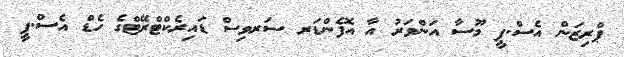
ޕްރިޒަން އެސް.ޕީ މޫސާ އަންވަރު އާ އޮފެންޑަރ ސަރވިސް ޑައިރެކްޓްރޭޓްގެ ހެޑް އެސް.ޕީ